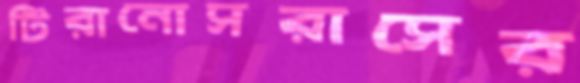
টিরানোসরাসের